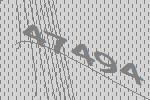
47494